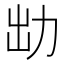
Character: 㔘